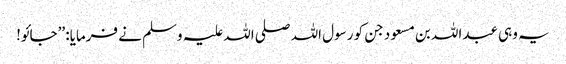
یہ وہی عبداللہ بن مسعود جن کو رسول اللہ صلی اللہ علیہ وسلم نے فرمایا: ’’جائو!